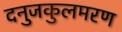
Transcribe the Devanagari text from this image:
दनुजकुलमरण